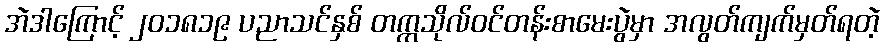
အဲဒါကြောင့် ၂၀၁၈၁၉ ပညာသင်နှစ် တက္ကသိုလ်ဝင်တန်းစာမေးပွဲမှာ အလွတ်ကျက်မှတ်ရတဲ့